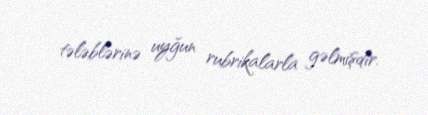
tələblərinə uyğun rubrikalarla gəlmişdir.